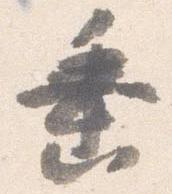
垂